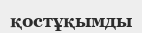
қостұқымды